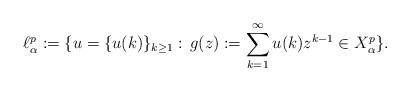
LaTeX: \begin{align*}\ell^p_\alpha :=\{ u=\{u(k)\}_{k\geq1}:\, g(z):=\sum_{k=1}^\infty u(k) z^{k-1} \in X^{p}_\alpha\}.\end{align*}